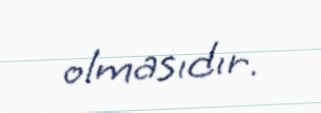
olmasıdır.